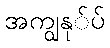
အကျွနု်ပ်